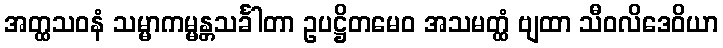
အတ္ထသဝနံ သမ္မာကမ္မန္တသင်္ခါတာ ဥပဋ္ဌိတမေဝ အသမတ္ထံ ဗျထာ သီဝလိဒေဝိယာ